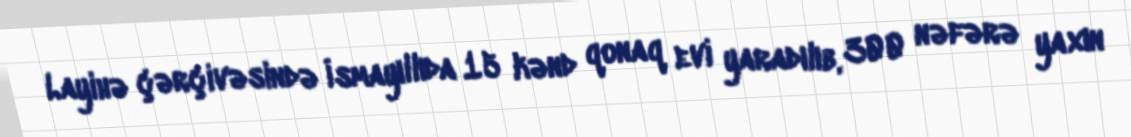
Layihə çərçivəsində İsmayıllıda 15 kənd qonaq evi yaradılıb, 300 nəfərə yaxın